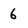
Character: 6